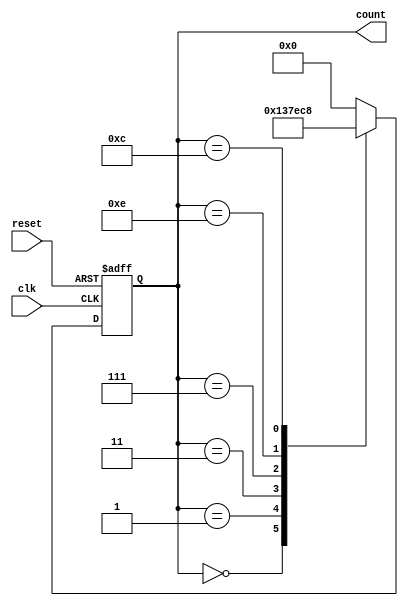
module JohnsonCounter (
    input wire clk,       // Clock input
    input wire reset,     // Reset input
    output reg [3:0] count // 4-bit Johnson Counter output
);

reg [3:0] next_count;  // Next state of the Johnson Counter

always @(posedge clk or posedge reset) begin
    if (reset) begin
        count <= 4'b0000;    // Reset the counter to zero
    end else begin
        count <= next_count; // Update the counter with the next state
    end
end

always @(*) begin
    case(count)
        4'b0000: next_count = 4'b0001; // Define the state transitions
        4'b0001: next_count = 4'b0011;
        4'b0011: next_count = 4'b0111;
        4'b0111: next_count = 4'b1110;
        4'b1110: next_count = 4'b1100;
        4'b1100: next_count = 4'b1000;
        default: next_count = 4'b0000; // Default case for looping back to start
    endcase
end

endmodule